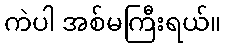
ကဲပါ အစ်မကြီးရယ်။